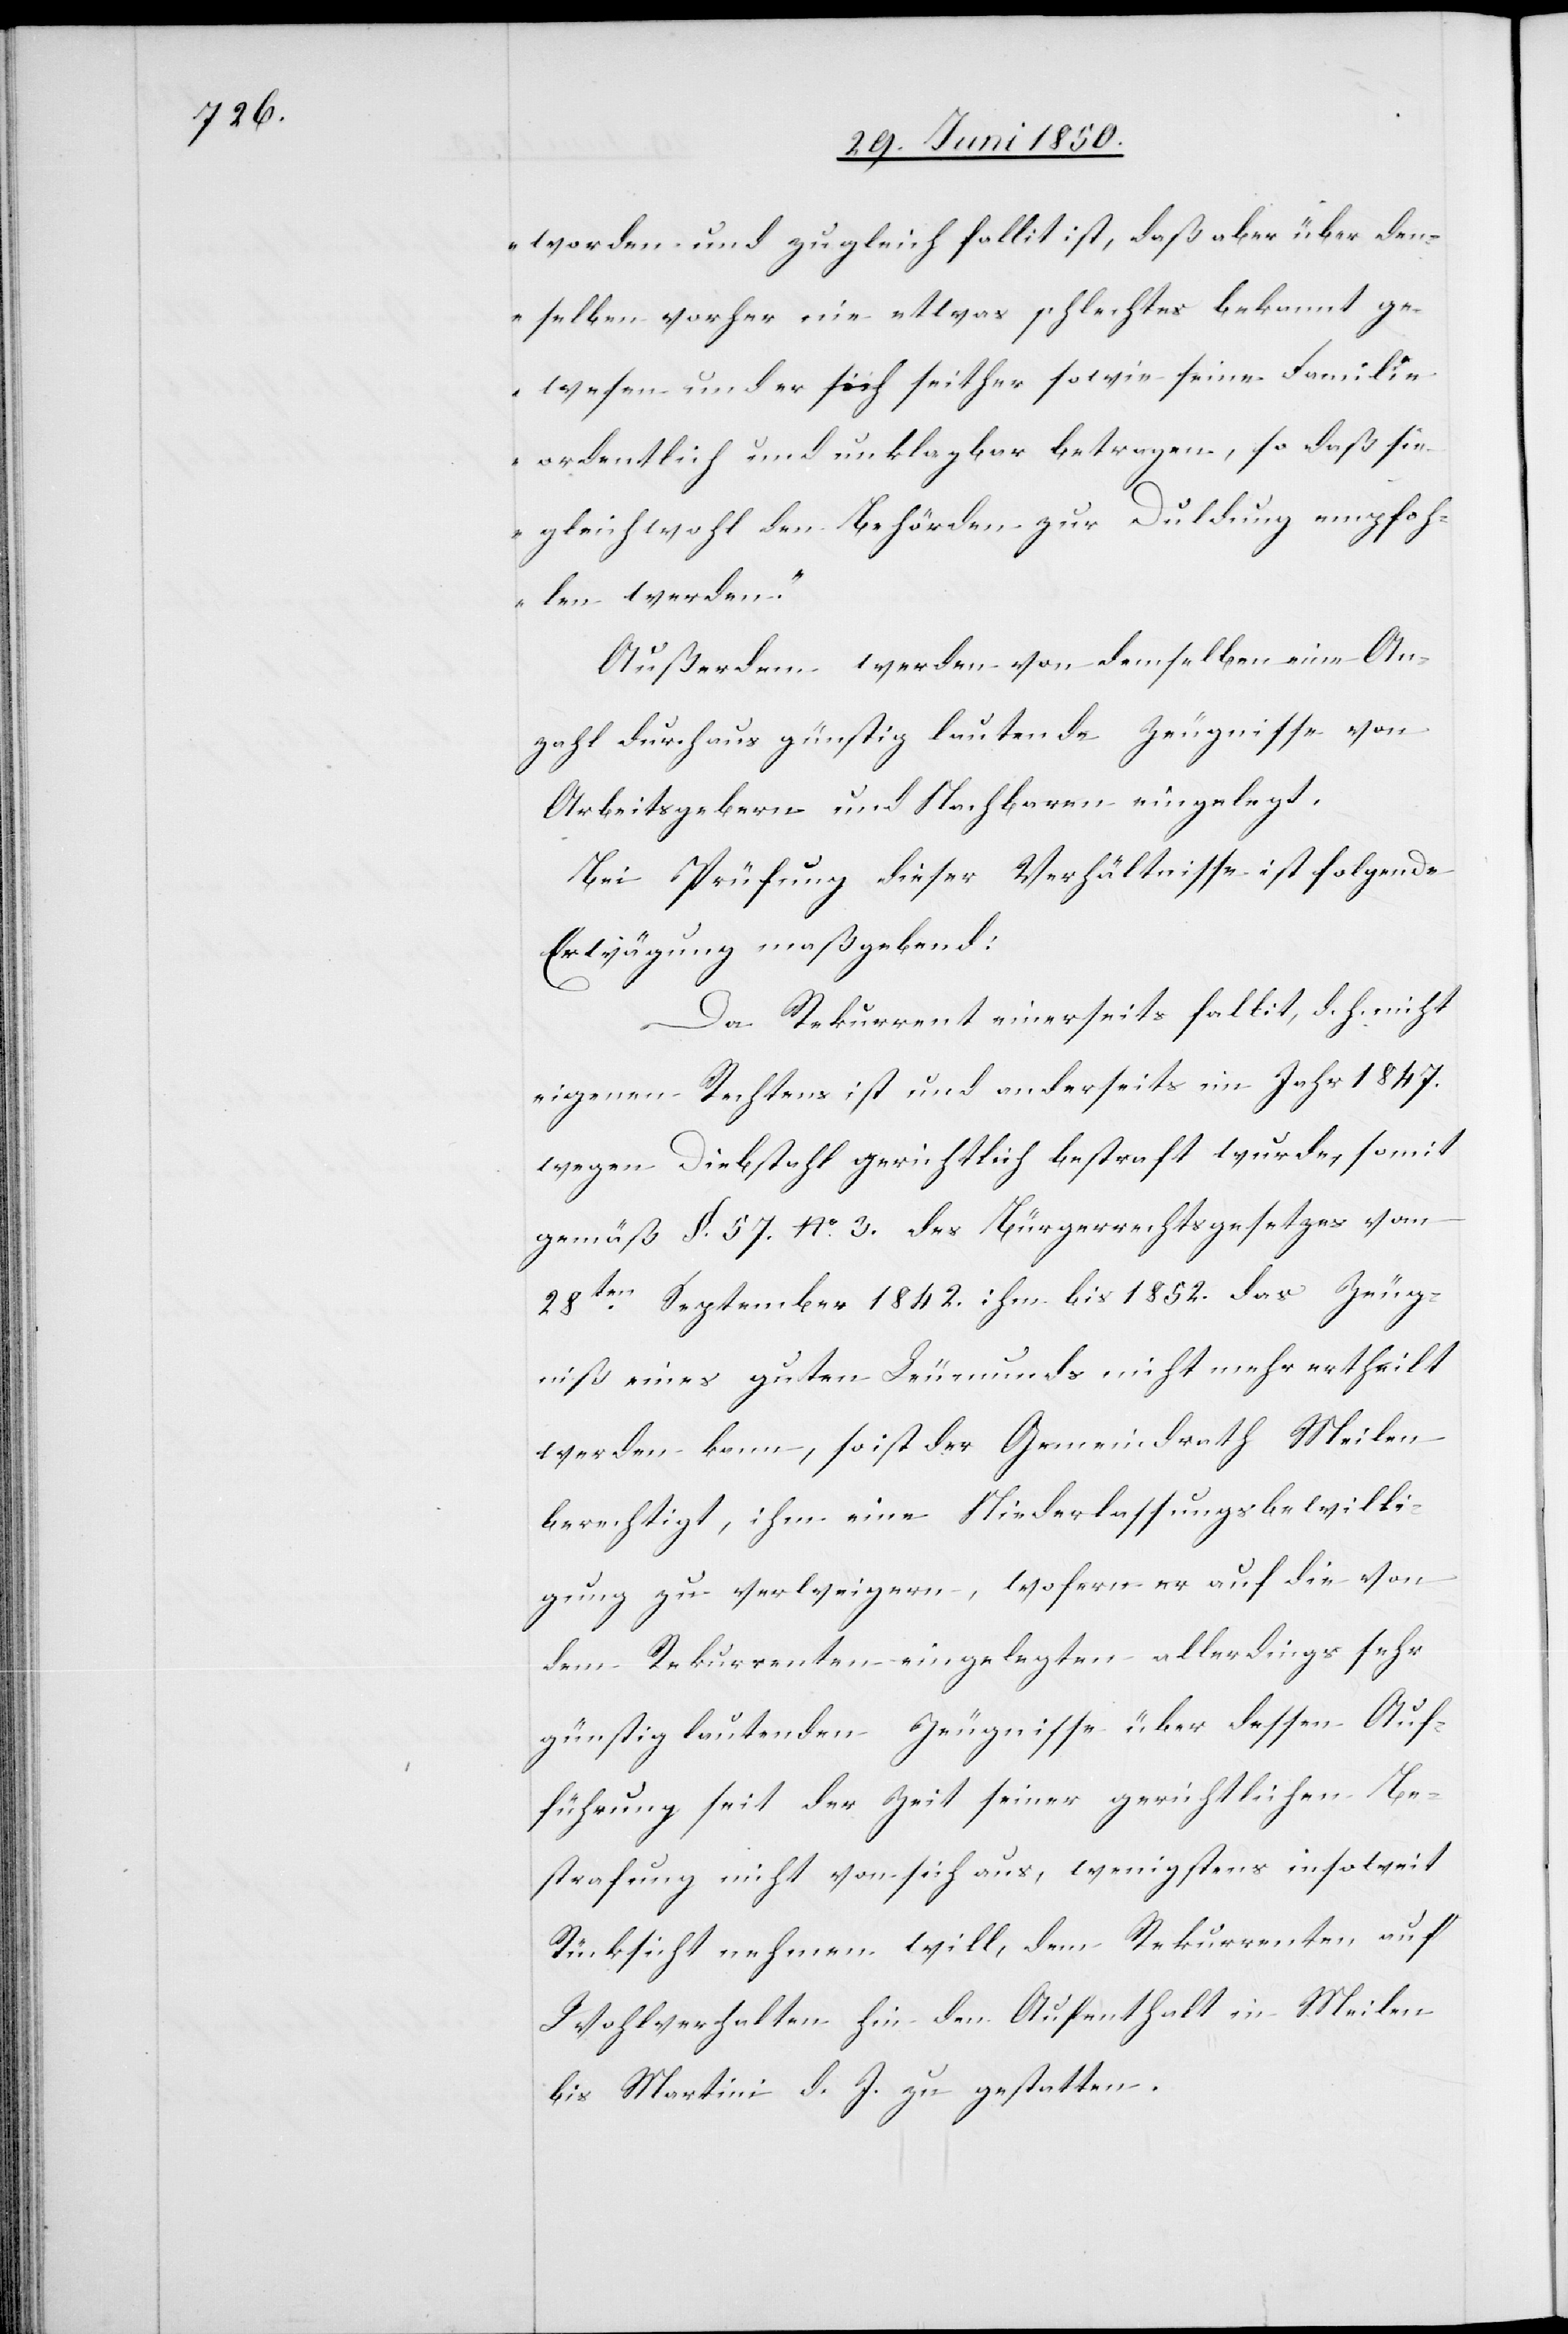
worden und zugleich fallit ist, daß aber über den¬
selben vorher nie etwas schlechtes bekannt ge¬
wesen und er sich seither sowie seine Familie
ordentlich und unklagbar betragen, so daß sie
gleichwohl den Behörden zur Duldung empfoh¬
len werden.“
Außerdem werden von demselben eine An¬
zahl durchaus günstig lautende Zeugnisse von
Arbeitsgebern und Nachbaren eingelegt.
Bei Prüfung dieser Verhältnisse ist folgende
Erwägung maßgebend:
Da Rekurrent einerseits fallit, d. h. nicht
eigenen Rechtens ist und anderseits im Jahr 1847.
wegen Diebstahl gerichtlich bestraft wurde, somit
gemäß §. 57. No. 3. des Bürgerrechtsgesetzes vom
28ten September 1842. ihm bis 1852. das Zeug¬
niß eines guten Leumunds nicht mehr ertheilt
werden kann, so ist der Gemeindrath Meilen
berechtigt, ihm eine Niederlassungbewilli¬
gung zu verweigern, wofern er auf die von
dem Rekurrenten eingelegten allerdings sehr
günstig lautenden Zeugnisse über dessen Auf¬
führung seit der Zeit seiner gerichtlichen Be¬
strafung nicht von sich aus, wenigstens insoweit
Rücksicht nehmen will, dem Rekurrenten auf
Wohlverhalten hin den Aufenthalt in Meilen
bis Martini d. J. zu gestatten.